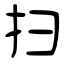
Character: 扫